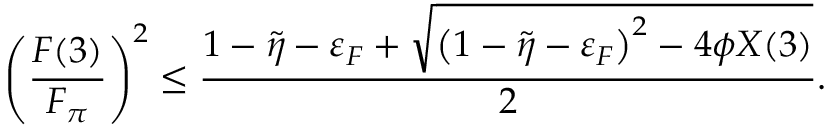
\left( \frac { F ( 3 ) } { F _ { \pi } } \right) ^ { 2 } \leq \frac { 1 - \tilde { \eta } - \varepsilon _ { F } + \sqrt { \left( 1 - \tilde { \eta } - \varepsilon _ { F } \right) ^ { 2 } - 4 \phi X ( 3 ) } } { 2 } .